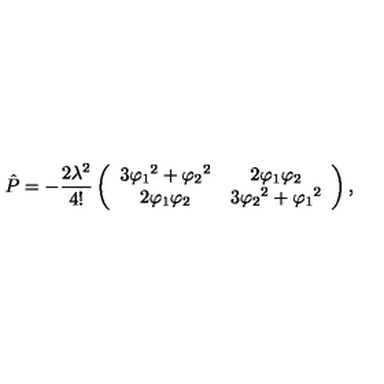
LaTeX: \hat { P } = - \frac { 2 \lambda ^ { 2 } } { 4 ! } \left( \begin{array} { c c } { 3 { \varphi _ { 1 } } ^ { 2 } + { \varphi _ { 2 } } ^ { 2 } } & { 2 { \varphi _ { 1 } } { \varphi _ { 2 } } } \\ { 2 { \varphi _ { 1 } } { \varphi _ { 2 } } } & { 3 { \varphi _ { 2 } } ^ { 2 } + { \varphi _ { 1 } } ^ { 2 } } \\ \end{array} \right) ,